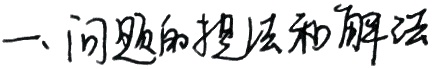
一、问题的提法和解法